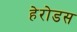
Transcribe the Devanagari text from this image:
हेरोडस